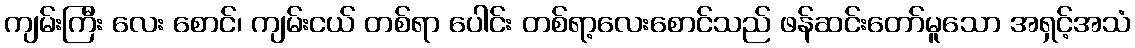
ကျမ်းကြီး လေး စောင်၊ ကျမ်းငယ် တစ်ရာ ပေါင်း တစ်ရာ့လေးစောင်သည် ဖန်ဆင်းတော်မူသော အရှင့်အသံ